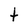
Character: t